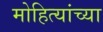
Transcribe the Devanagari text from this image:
मोहित्यांच्या